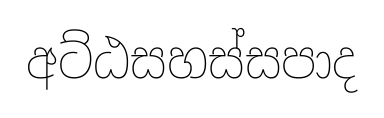
අට්ඨසහස්සපාද